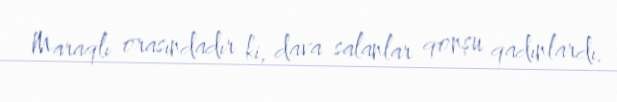
Maraqlı orasındadır ki, dava salanlar qonşu qadınlardı.